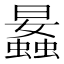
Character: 𧒛